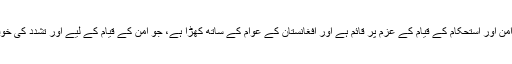
بیان میں کہا گیا ہے کہ ’’امریکہ افغانستان میں امن اور استحکام کے قیام کے عزم پر قائم ہے اور افغانستان کے عوام کے ساتھ کھڑا ہے، جو امن کے قیام کے لیے اور تشدد کی خوفناک کارروائیوں سے پاک مستقبل چاہتے ہیں‘‘۔